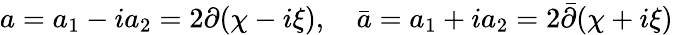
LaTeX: a=a_{1}-ia_{2}=2\partial(\chi-i\xi),\quad\bar{a}=a_{1}+ia_{2}=2\bar{\partial}(\chi+i\xi)